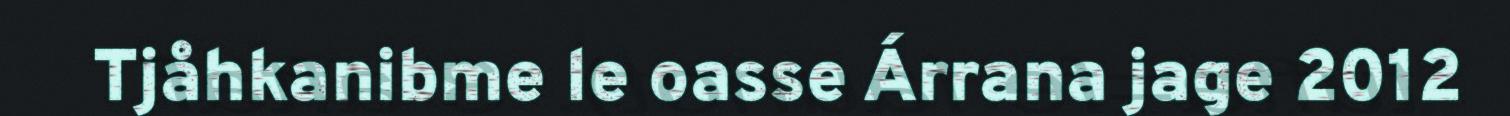
Tjåhkanibme le oasse Árrana jage 2012